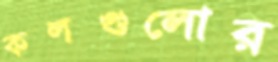
কলগুলোর